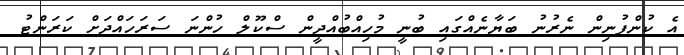
އެ ކުންފުނިން ނެރުނު ބަޔާނެއްގައި ބުނީ މުހިއްބުއްދީން ސްކޫލް ހުންނަ ސަރަހައްދަށް ކަރަންޓު